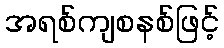
အရစ်ကျစနစ်ဖြင့်